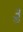
૩ૢ